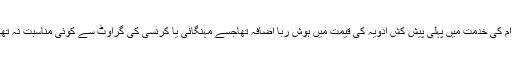
عوام کی خدمت میں پہلی پیش کش ادویہ کی قیمت میں ہوش ربا اضافہ تھاجسے مہنگائی یا کرنسی کی گراوٹ سے کوئی مناسبت نہ تھی ۔